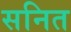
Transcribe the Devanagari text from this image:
सनित